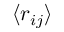
\langle r _ { i j } \rangle